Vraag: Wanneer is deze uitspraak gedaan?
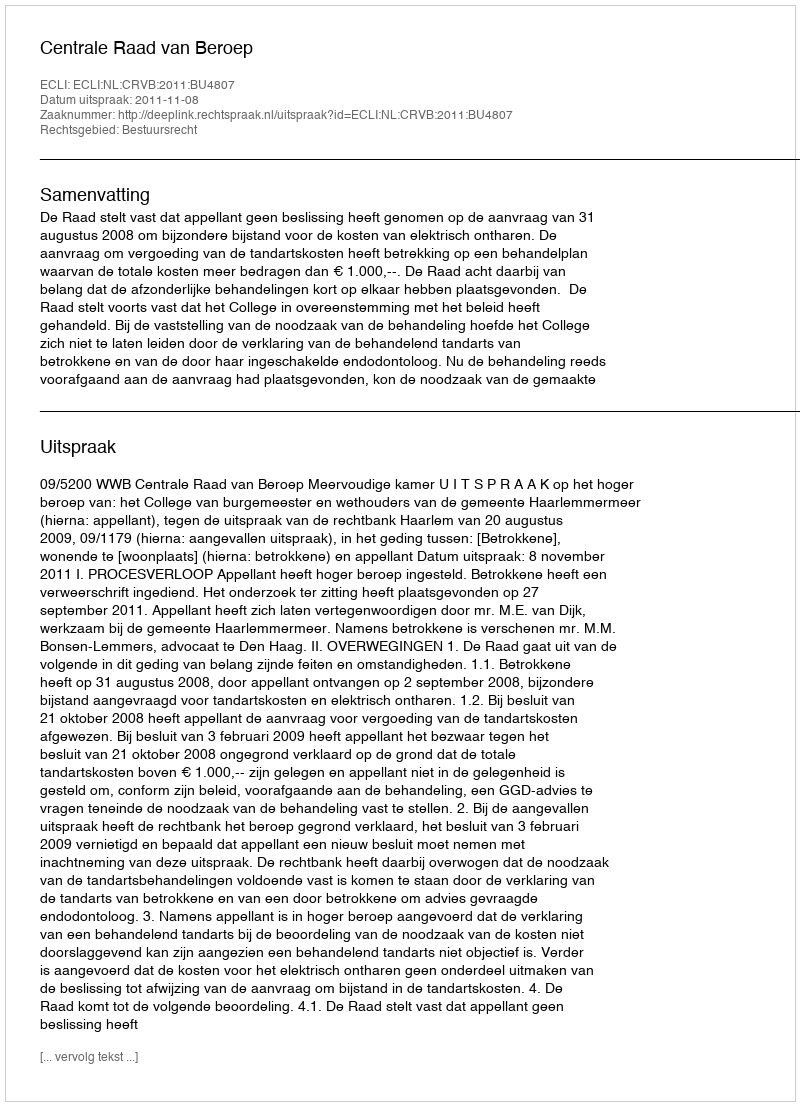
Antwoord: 2011-11-08